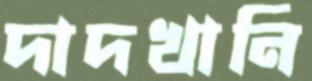
দাদখানি